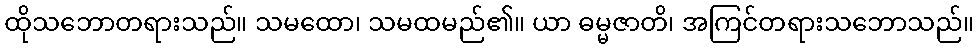
ထိုသဘောတရားသည်။ သမထော၊ သမထမည်၏။ ယာ ဓမ္မဇာတိ၊ အကြင်တရားသဘောသည်။